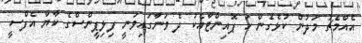
އެއްމެޗު މަދުން ކުޅެގެން ހަ ޕޮއިންޓާއެކު ދެ ވަނާގައިވަނީ ފިލިޕީންސްގެ ކާޔާ އެފްސީ